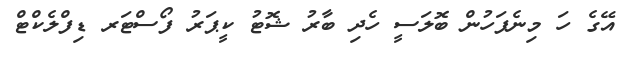
އޭގެ ހަ މިނެފަހުން ބޮލަސީ ހެދި ބާރު ޝޮޓު ކީޕަރު ފޯސްޓަރ ޑިފްލެކްޓް